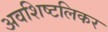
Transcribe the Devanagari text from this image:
अवशिष्टलिकर